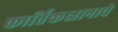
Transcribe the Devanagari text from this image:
कार्तिकस्नानाचे